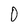
Character: 0